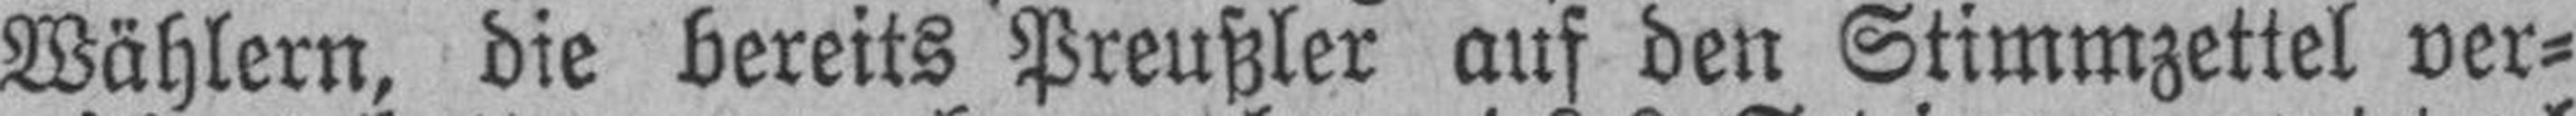
Wählern, die bereits Preußler auf den Stimmzettel ver¬